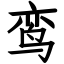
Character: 鸾